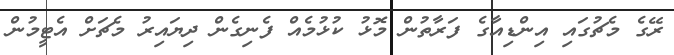
ރޭގެ މެޗުގައި އިންޑިއާގެ ފަރާތުން މޮޅު ކުޅުމެއް ފެނިގެން ދިޔައިރު މެޗަށް އެޓީމުން